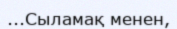
...Сыламақ менен,